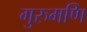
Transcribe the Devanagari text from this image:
गुरुमणि